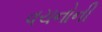
વચનોની